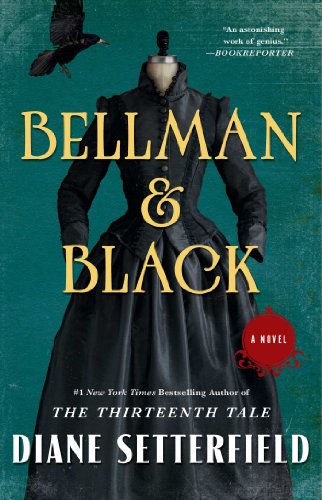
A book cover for Bellman & Black: A Novel; Diane Setterfield; Literature & Fiction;